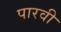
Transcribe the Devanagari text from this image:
पारवी